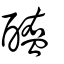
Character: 醢